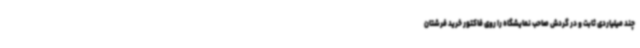
چند میلیاردی ثابت و در گردش صاحب نمایشگاه را روی فاکتور خرید فرشتان